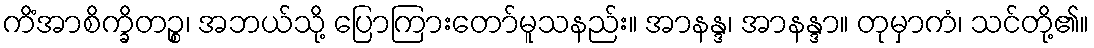
ကိံအာစိက္ခိတဉ္စ၊ အဘယ်သို့ ပြောကြားတော်မူသနည်း။ အာနန္ဒ၊ အာနန္ဒာ။ တုမှာကံ၊ သင်တို့၏။